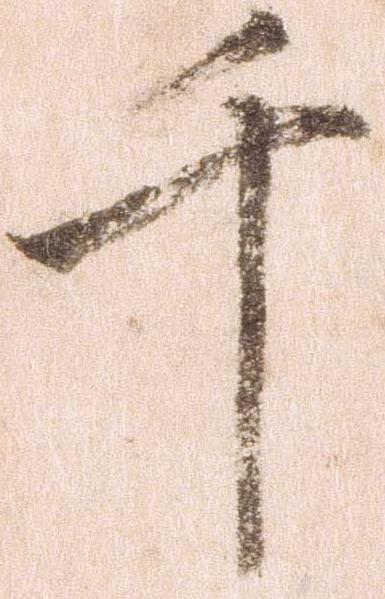
千